Martna_vallavalitsus, lk 36
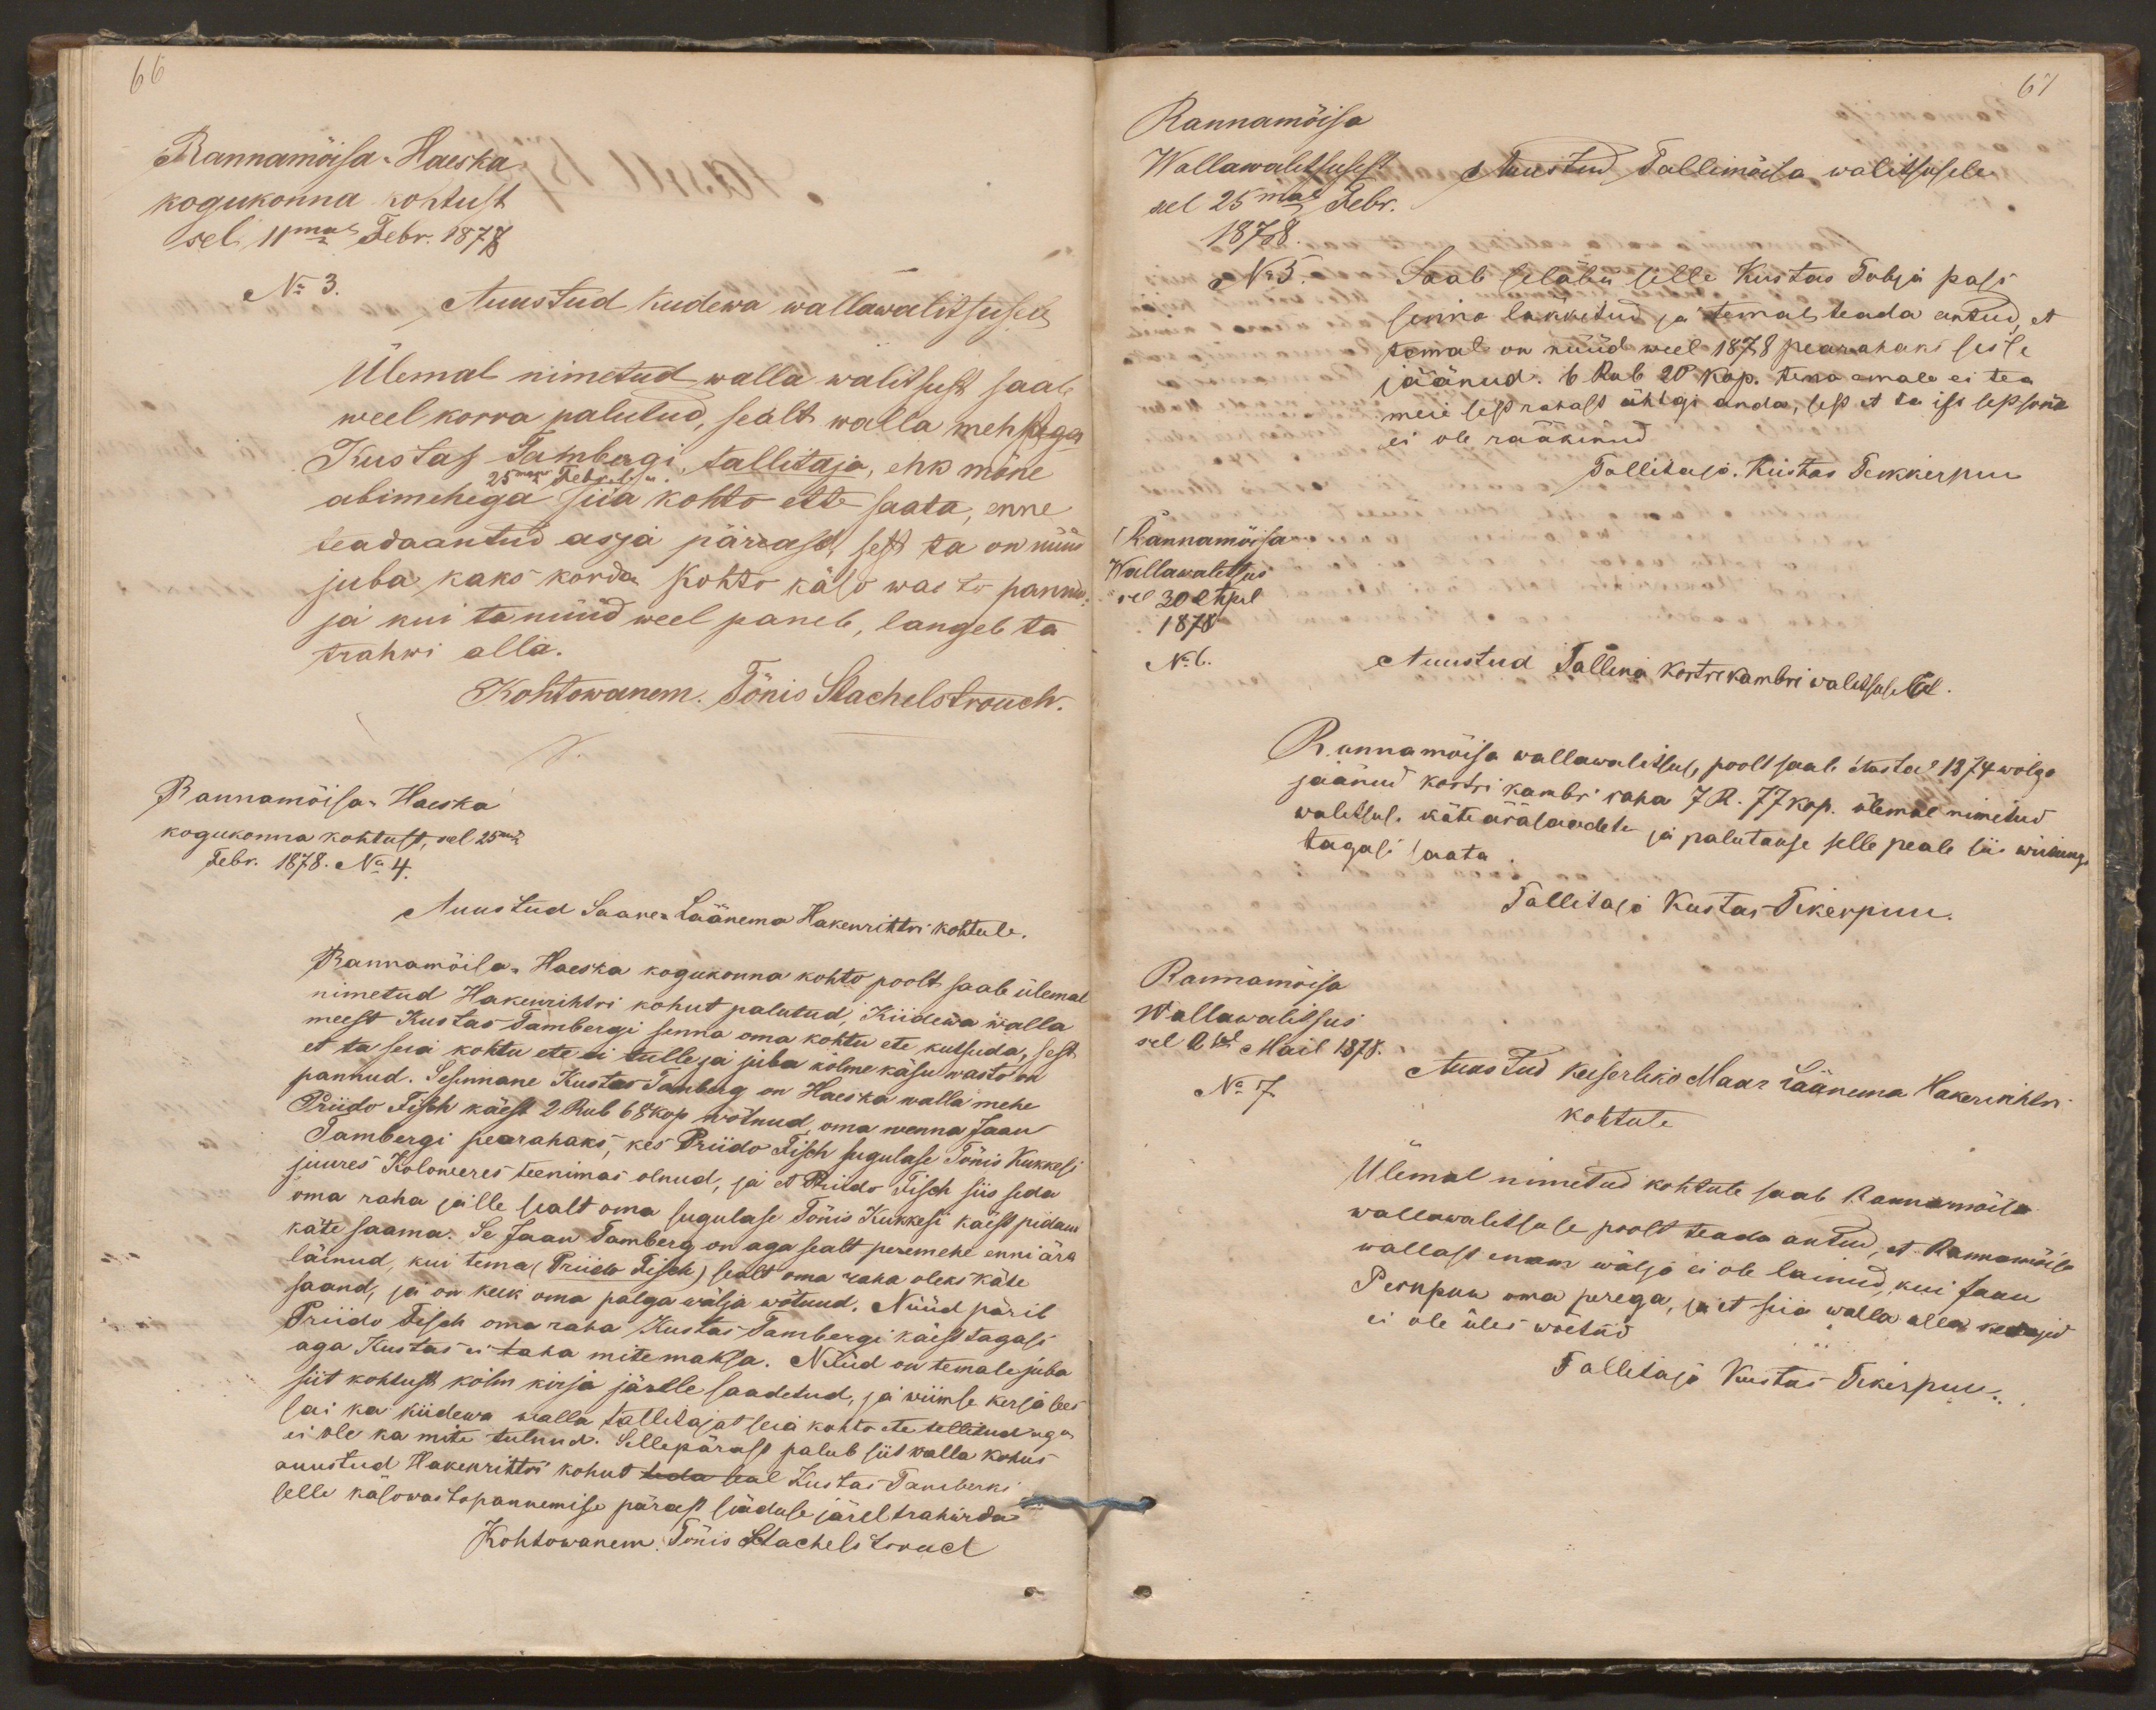
66
Rannamõisa-Haeska
kogukonna kohtust
sel 11mal Febr. 1878
No 3.
Auustud Kiidewa wallawalitsusele
Ülemal nimetud walla walitsust saab
weel korra palutud, sealt walla mehhega
Kustas Tambergi tallitaja, ehk mõne
25maks Febr. s. a.
abimehega siia kohto ette saata, enne
teadaantud asja pärrast, sest ta on nüüd
juba kaks korda kohto käso wasto pannud
ja kui ta nüüd weel paneb, langeb ta
trahwi alla.
Kohtowanem. Tõnis Stachelstrouch.
Rannamõisa-Haeska
kogukonna kohtust, sel 25mal
Febr. 1878. No 4.
Auustud Saare-Läänema Hakenrihtri kohtule.
Rannamõisa-Haeska kogukonna kohto poolt saab ülemal
nimetud Hakenrihtri kohut palutud, Kiidewa walla
meest Kustas Tambergi senna oma kohtu ete kutsuda, sest
et ta seia kohtu ete ei tulle ja juba kolme käsu wasto on
pannud. Sesinnane Kustas Tamberg on Haeska walla mehe
Priido Fisch käest 2 Rub 68kop wõtnud, oma wenna Jaan
Tambergi pearahaks, kes Priido Fisch sugulase Tõnis Kukkesi
juures Koloweres teenimas olnud, ja et Priido Fisch siis seda
oma raha jälle sealt oma sugulase Tõnis Kukkesi käest pidand
käte saama. Se Jaan Tamberg on aga sealt peremehe enni ära
läinud, kui tema (Priido Fisch) sealt oma raha oleks käte
saand, ja on keik oma palga wälja wõtnud. Nüüd pärib
Priido Fisch oma raha Kustas Tambergi käest tagasi
aga Kustas ei taha mite maksa. Nüüd on temale juba
siit kohtust kolm kirja järele saadetud, ja wiimse kirja sees
sai ka kiidewa walla tallitajat seia kohto ete tellitud aga
ei ole ka mite tulnud. Sellepärast palub siit walla kohus
auustud Hakenrittri kohut teda seal Kustas Tamberki
selle käsowastopannemise pärast seäduse järel trahwida
Kohtowanem. Tõnis Stachelstrouch

67
Rannamõisa
Wallawalitsusest
Auustud Tallimõisa walitsusele
sel 25mal Febr.
1878.
No 5.
Saab seläbi selle Kustas Tobja pass
sinna läkkitud ja temal teada antud, et
temal on nüüd weel 1878 pearahaks sisse
jäänud. 6 Rub 20 kop. tema emale ei tea
meie sest rahalt ühtgi anda, sest et ta ise sest sõna
ei ole rääkinud.
Tallitaja. Kustas Tikkerpuu
Rannamõisa
Wallawalitsus
sel 30 Apil
1878
No 6.
Auustud Tallina kortrekambri walitsusele
Rannamõisa wallawalitsuse poolt saab Aastal 1874 wõlga
jäänud kortri kambri raha 7 R. 77 kop. ülemal nimetud
walitsuse käte äräsaadetu ja palutakse selle peale siis wiitung
tagasi saata.
Tallitaja Kustas Tikerpuu.
Rannamõisa
Wallawalitsus
sel 2sel Mail 1878.
No 7.
Auustud Keiserliko Maa-Läänema Hakenrihtri
kohtule
Ülemal nimetud kohtule saab Rannamõisa
wallawalitsuse poolt teada antud, et Rannamõisa
wallast enam wälja ei ole lainud, kui Jaan
Pernpuu oma perega, ja et siia walla alla kedagid
ei ole üles wõetud
Tallitaja Kustas Tikerpuu.